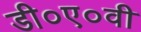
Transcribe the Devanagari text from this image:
डी०ए०वी